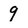
Character: 9